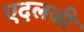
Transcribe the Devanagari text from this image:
एदलजी